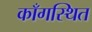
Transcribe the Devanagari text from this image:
काँगस्थित